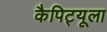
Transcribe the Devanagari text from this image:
कैपिट्यूला